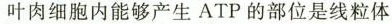
叶肉细胞内能够产生A T P的部位是线粒体